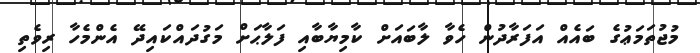
މުޖުތަމަޢުގެ ބައެއް އަފަރާދުން ހެވާ ލާބައަށް ކާމިޔާބާއި ފަލާޙަށް މަގުދައްކައިދޭ އެންމެހާ ރިވެތި